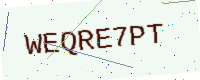
Text: WEQRE7PT